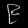
Digit: ၉